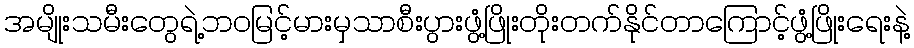
အမျိုးသမီးတွေရဲ့ဘဝမြင့်မားမှသာစီးပွားဖွံ့ဖြိုးတိုးတက်နိုင်တာကြောင့်ဖွံ့ဖြိုးရေးနဲ့